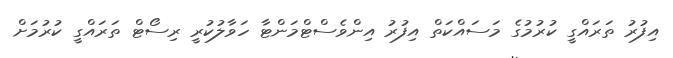
އިފުރު ތަރަައްގީ ކުރުމުގެ މަސައްކަތް އިފުރު އިންވެސްޓްމަންޓާ ހަވާލުކުރީ ރިސޯޓް ތަރައްގީ ކުރުމަށް